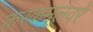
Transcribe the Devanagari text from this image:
करकमलवरे